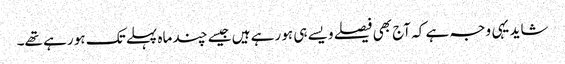
شاید یہی وجہ ہے کہ آج بھی فیصلے ویسے ہی ہو رہے ہیں جیسے چند ماہ پہلے تک ہو رہے تھے۔